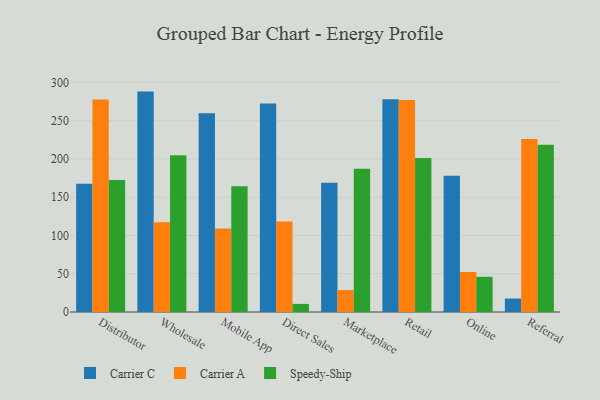
{"axis": {"x": "Channel", "y": "Budget (USD K)"}, "legend": ["Carrier A", "Carrier C", "Speedy-Ship"], "data": [{"x": "Distributor", "y": 167.8, "type": "Carrier C"}, {"x": "Distributor", "y": 277.7, "type": "Carrier A"}, {"x": "Distributor", "y": 172.7, "type": "Speedy-Ship"}, {"x": "Wholesale", "y": 288.1, "type": "Carrier C"}, {"x": "Wholesale", "y": 117.4, "type": "Carrier A"}, {"x": "Wholesale", "y": 204.9, "type": "Speedy-Ship"}, {"x": "Mobile App", "y": 259.8, "type": "Carrier C"}, {"x": "Mobile App", "y": 109.1, "type": "Carrier A"}, {"x": "Mobile App", "y": 164.4, "type": "Speedy-Ship"}, {"x": "Direct Sales", "y": 272.5, "type": "Carrier C"}, {"x": "Direct Sales", "y": 118.3, "type": "Carrier A"}, {"x": "Direct Sales", "y": 10.6, "type": "Speedy-Ship"}, {"x": "Marketplace", "y": 168.8, "type": "Carrier C"}, {"x": "Marketplace", "y": 28.7, "type": "Carrier A"}, {"x": "Marketplace", "y": 187.4, "type": "Speedy-Ship"}, {"x": "Retail", "y": 278.0, "type": "Carrier C"}, {"x": "Retail", "y": 277.1, "type": "Carrier A"}, {"x": "Retail", "y": 201.4, "type": "Speedy-Ship"}, {"x": "Online", "y": 178.0, "type": "Carrier C"}, {"x": "Online", "y": 52.3, "type": "Carrier A"}, {"x": "Online", "y": 46.0, "type": "Speedy-Ship"}, {"x": "Referral", "y": 17.6, "type": "Carrier C"}, {"x": "Referral", "y": 226.0, "type": "Carrier A"}, {"x": "Referral", "y": 218.5, "type": "Speedy-Ship"}]}